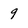
Character: 9